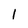
Character: l